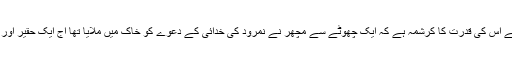
ہمیں اس چیز سے ذرہ بھر کے لیے بھی غافل نہیں ہونا چاہیے کہ اقتدار اعلیٰ جس کے ہاتھ میں ہے اس کی قدرت کا کرشمہ ہے کہ ایک چھوٹے سے مچھر نے نمرود کی خدائی کے دعوے کو خاک میں ملایا تھا ٓاج ایک حقیر اور نظر نہ ٓانے والی مخلوق سے نوعِ انسانی کو بے بس کر کے گھٹنے ٹیکنے پر مجبور کر دیا ہے۔